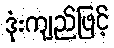
ဒုံးကျည်ဖြင့်